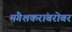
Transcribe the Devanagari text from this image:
मंगेशकरांबरोबर